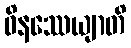
ဝိနဿေယျာတိ